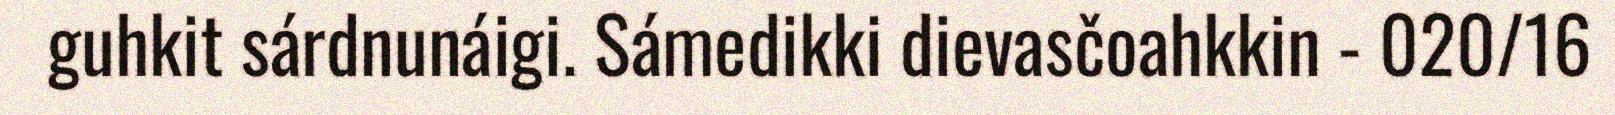
guhkit sárdnunáigi. Sámedikki dievasčoahkkin - 020/16